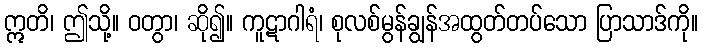
ဣတိ၊ ဤသို့။ ဝတွာ၊ ဆို၍။ ကူဋာဂါရံ၊ စုလစ်မွန်ချွန်အထွတ်တပ်သော ပြာသာဒ်ကို။